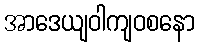
အာဒေယျဝါကျဝစနော